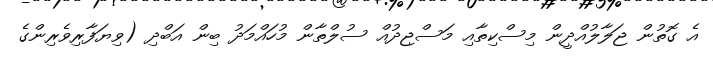
އެ ގޮތުން ޖަލާލުއްދީން މިސްކިތާއި މަސްޖިދުއް ސުލްތާން މުހައްމަދު ބިން އަބްދި (ވިޔަފާރިވެރިންގެ